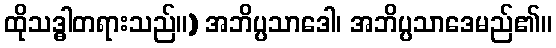
ထိုသဒ္ဓါတရားသည်။) အဘိပ္ပသာဒေါ၊ အဘိပ္ပသာဒေမည်၏။